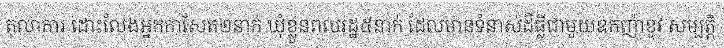
តុលាការ ដោះលែងអ្នកកាសែត២នាក់ ឃុំខ្លួនពលរដ្ឋ៥នាក់ ដែលមានទំនាស់ដីធ្លីជាមួយឧកញ៉ាខូវ សម្បត្តិ